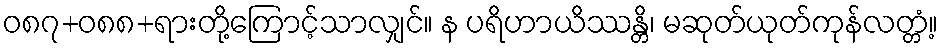
ဝ၈၇+၀၈၈+ရားတို့ကြောင့်သာလျှင်။ န ပရိဟာယိဿန္တိ၊ မဆုတ်ယုတ်ကုန်လတ္တံ့။